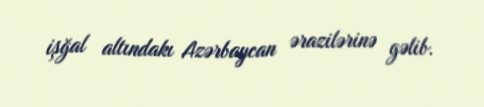
işğal altındakı Azərbaycan ərazilərinə gəlib.